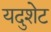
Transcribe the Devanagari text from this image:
यदुशेट